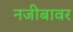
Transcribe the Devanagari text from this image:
नजीबावर